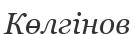
Көлгінов